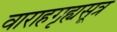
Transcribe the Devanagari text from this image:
वाराहगृह्यसूत्र